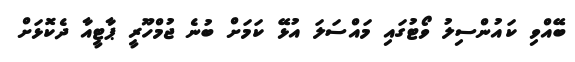
ބޭއްވި ކައުންސިލު ވޯޓުގައި މައްސަލަ އުޅޭ ކަމަށް ބުނެ ޖުމްހޫރީ ޕާޓީއާ ދެކޮޅަށް